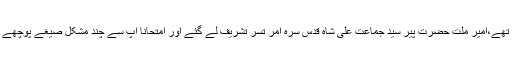
جن دنون آپ امر تسر میں زیر تعلیم تھے،امیر ملت حضرت پیر سید جماعت علی شاہ قدس سرہ امر تسر تشریف لے گئے اور امتحاناً آپ سے چند مشکل صیغے پوچھے جنہیں آپ نے صحیح طور پر بتادیا۔